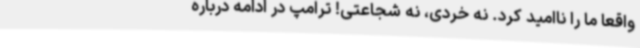
واقعا ما را ناامید کرد. نه خردی، نه شجاعتی! ترامپ در ادامه درباره